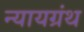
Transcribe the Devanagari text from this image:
न्यायग्रंथ